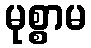
မုစ္စာမ